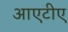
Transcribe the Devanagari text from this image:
आएटीए